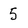
Character: 5